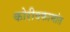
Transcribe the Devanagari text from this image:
कोरीवकामांत